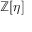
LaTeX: \mathbb { Z } [ \eta ]